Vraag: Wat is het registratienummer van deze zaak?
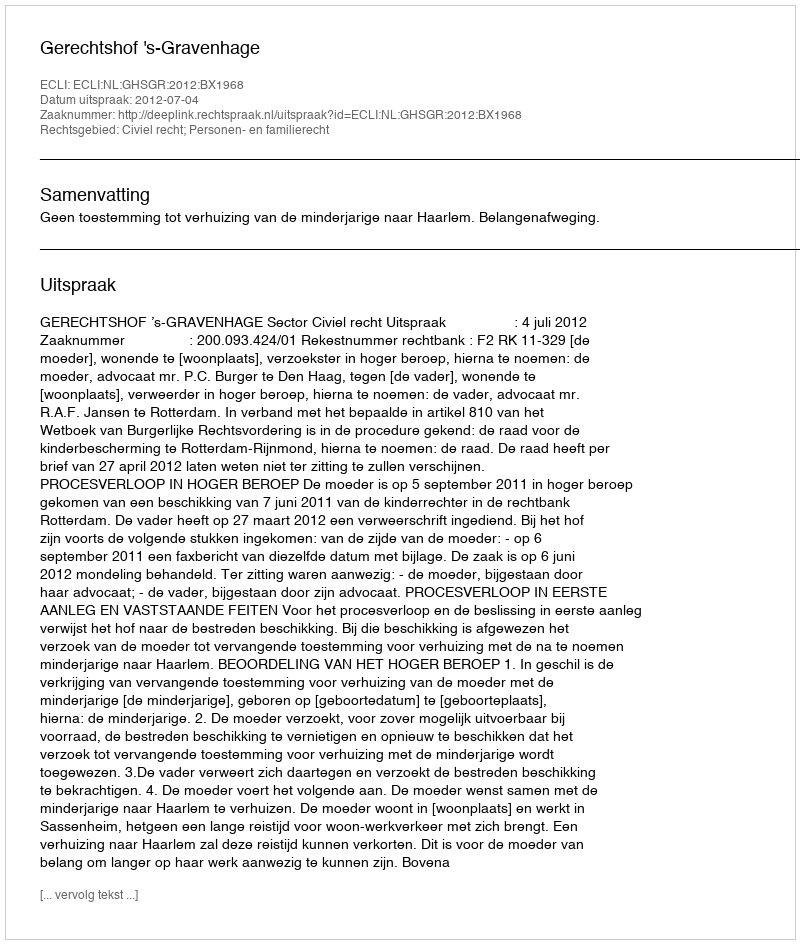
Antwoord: http://deeplink.rechtspraak.nl/uitspraak?id=ECLI:NL:GHSGR:2012:BX1968